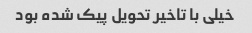
خیلی با تاخیر تحویل پیک شده بود